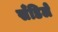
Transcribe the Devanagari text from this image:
सँडिले